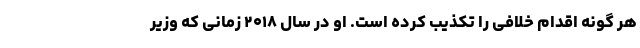
هر گونه اقدام خلافی را تکذیب کرده است. او در سال ۲۰۱۸ زمانی که وزیر